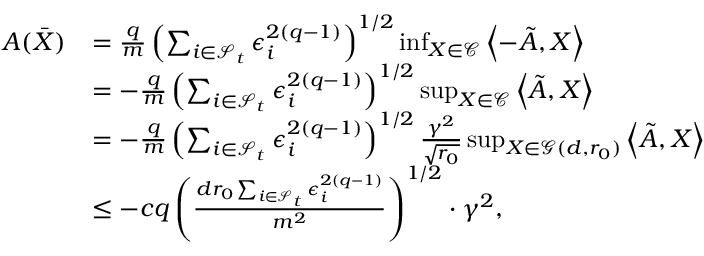
\begin{array} { r l } { A ( \bar { X } ) } & { = \frac { q } { m } \left( \sum _ { i \in \mathcal { S } _ { t } } \epsilon _ { i } ^ { 2 ( q - 1 ) } \right) ^ { 1 / 2 } \operatorname* { i n f } _ { X \in \mathcal { C } } \left\langle - \tilde { A } , X \right\rangle } \\ & { = - \frac { q } { m } \left( \sum _ { i \in \mathcal { S } _ { t } } \epsilon _ { i } ^ { 2 ( q - 1 ) } \right) ^ { 1 / 2 } \operatorname* { s u p } _ { X \in \mathcal { C } } \left\langle \tilde { A } , X \right\rangle } \\ & { = - \frac { q } { m } \left( \sum _ { i \in \mathcal { S } _ { t } } \epsilon _ { i } ^ { 2 ( q - 1 ) } \right) ^ { 1 / 2 } \frac { \gamma ^ { 2 } } { \sqrt { r _ { 0 } } } \operatorname* { s u p } _ { X \in \mathcal { G } ( d , r _ { 0 } ) } \left\langle \tilde { A } , X \right\rangle } \\ & { \leq - c q \left( \frac { d r _ { 0 } \sum _ { i \in \mathcal { S } _ { t } } \epsilon _ { i } ^ { 2 ( q - 1 ) } } { m ^ { 2 } } \right) ^ { 1 / 2 } \cdot \gamma ^ { 2 } , } \end{array}